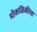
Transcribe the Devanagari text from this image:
मोकळिकीचा